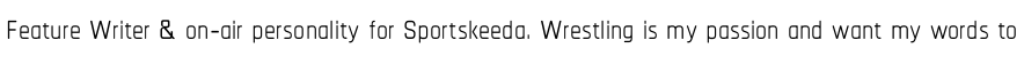
Feature Writer & on-air personality for Sportskeeda. Wrestling is my passion and want my words to